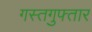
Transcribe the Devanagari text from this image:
गस्तगुफ्तार